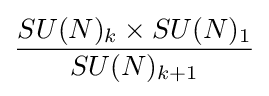
{\frac {SU(N)_{k}\times SU(N)_{1}}{SU(N)_{k+1}}}